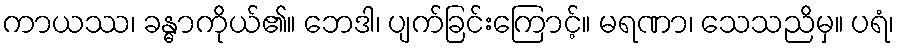
ကာယဿ၊ ခန္ဓာကိုယ်၏။ ဘေဒါ၊ ပျက်ခြင်းကြောင့်။ မရဏာ၊ သေသညိမှ။ ပရံ၊